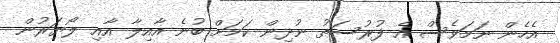
އެހެން ނަމަވެސް އެ ފުރުސަތު ނުދިން ކަމަށް ބުނެ އާއިލާ އާއި ލޯޔަރުން